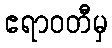
ဧရာဝတီမှ